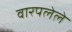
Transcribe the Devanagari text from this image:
वारपलेले